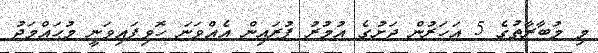
މި މުބާރާތުގެ 5 އަހަރުން ދަށުގެ އުމުރު ފުރައިން އެއްވަނަ ހޮވިފައިވަނީ މުޙައްމަދު